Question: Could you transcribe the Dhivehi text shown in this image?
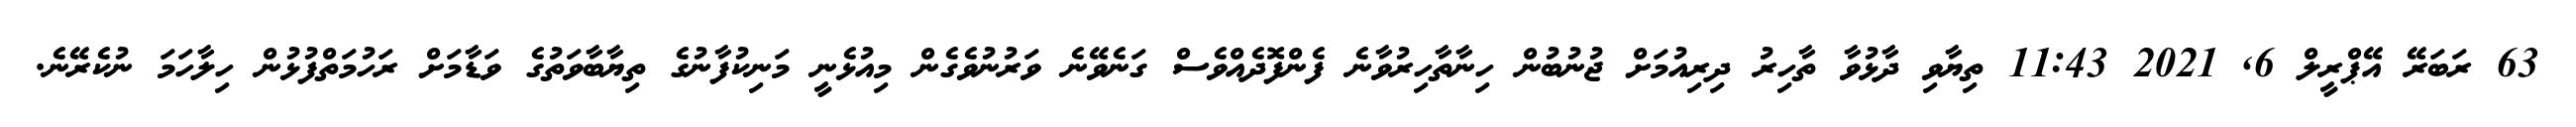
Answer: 63 ރަބަރޭ އޭޕްރީލް 6, 2021 11:43 ތިޔާވި ދާޅުވާ ތާހިރު ދިރިއުމަށް ޖުނުބުން ހިނާތާހިރުވާނެ ފެންފޮދެއްވެސް ގަނެވޭނެ ވަރުނުވެގެން މިއުޅެނީ މަނިކުފާނުގެ ތިޔާބާވަތުގެ ވަޑާމަށް ރަހުމަތްފުޅުން ހިލާހަމަ ނުކެރޭނެ.